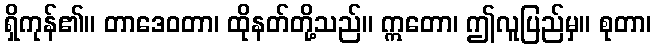
ရှိကုန်၏။ တာဒေဝတာ၊ ထိုနတ်တို့သည်။ ဣတော၊ ဤလူပြည်မှ။ စုတာ၊